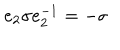
LaTeX: e _ { 2 } \sigma e _ { 2 } ^ { - 1 } = - \sigma